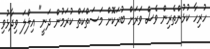
ހުރިހާ ކުޅުންތެރިން ވެސް ވަރަށް ބުރަކޮށް މަސަތްކަތް ކުރަމުން ދަނީ" އިލްލަ ވިދާޅުވި